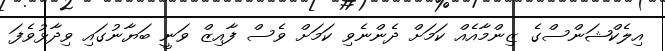
އިލެކްޝަންސްގެ ޒިންމާއެއް ކަމަށް ދެންނެވި ކަމަށް ވެސް ފާއިޒް ވަނީ ބަޔާނުގައި ވިދާޅުވެފަ